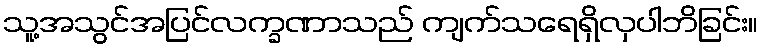
သူ့အသွင်အပြင်လက္ခဏာသည် ကျက်သရေရှိလှပါဘိခြင်း။